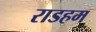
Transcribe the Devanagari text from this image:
राडहम